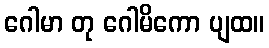
ဂေါမာ တု ဂေါမိကော ပျထ။